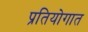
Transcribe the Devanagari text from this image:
प्रतियोगात